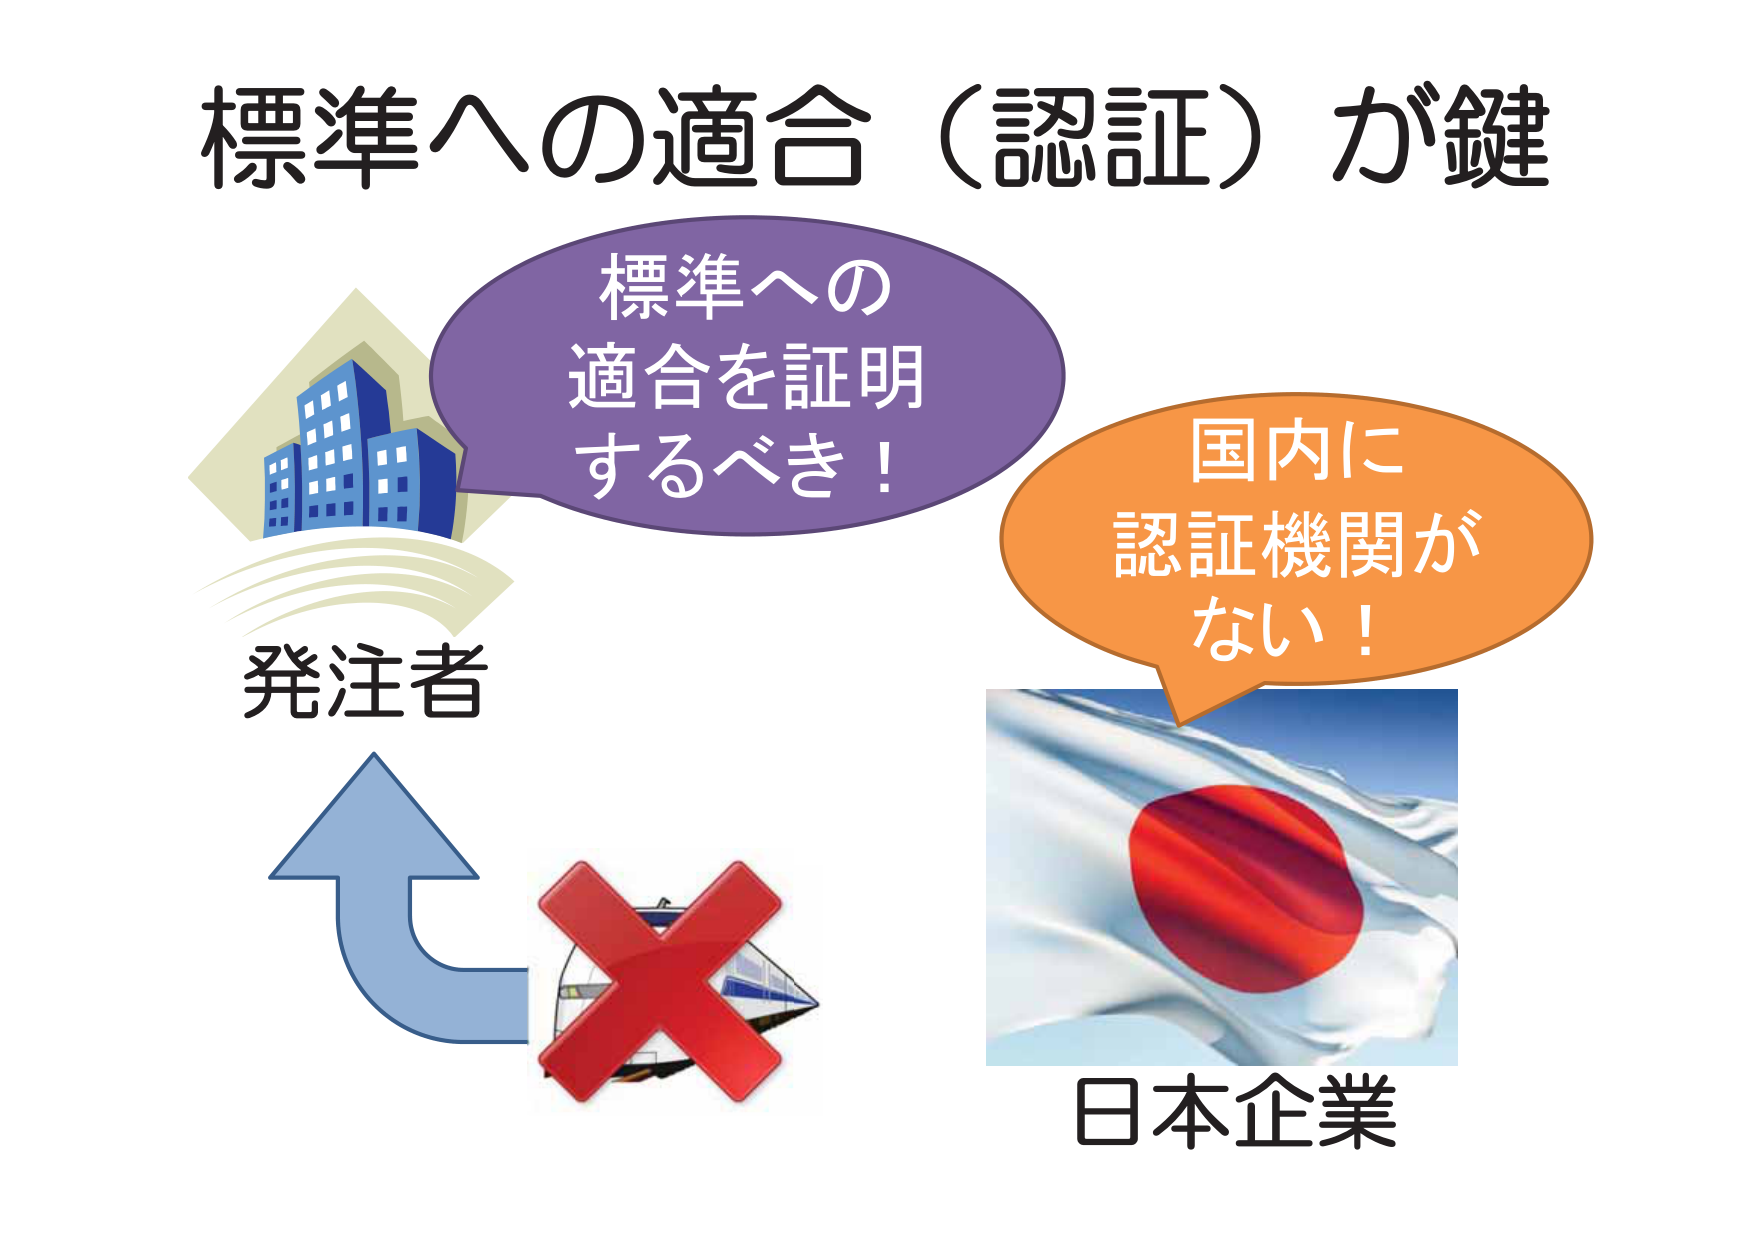
標準への適合（認証）が鍵
標準への
適合を証明
するべき！
発注者
国内に
認証機関が
ない！
日本企業